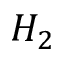
H _ { 2 }